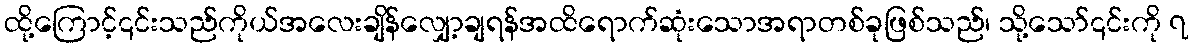
ထို့ကြောင့်၎င်းသည်ကိုယ်အလေးချိန်လျှော့ချရန်အထိရောက်ဆုံးသောအရာတစ်ခုဖြစ်သည်၊ သို့သော်၎င်းကို ၇